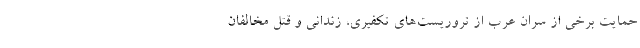
حمایت برخی از سران عرب از تروریست­های تکفیری، زندانی و قتل مخالفان